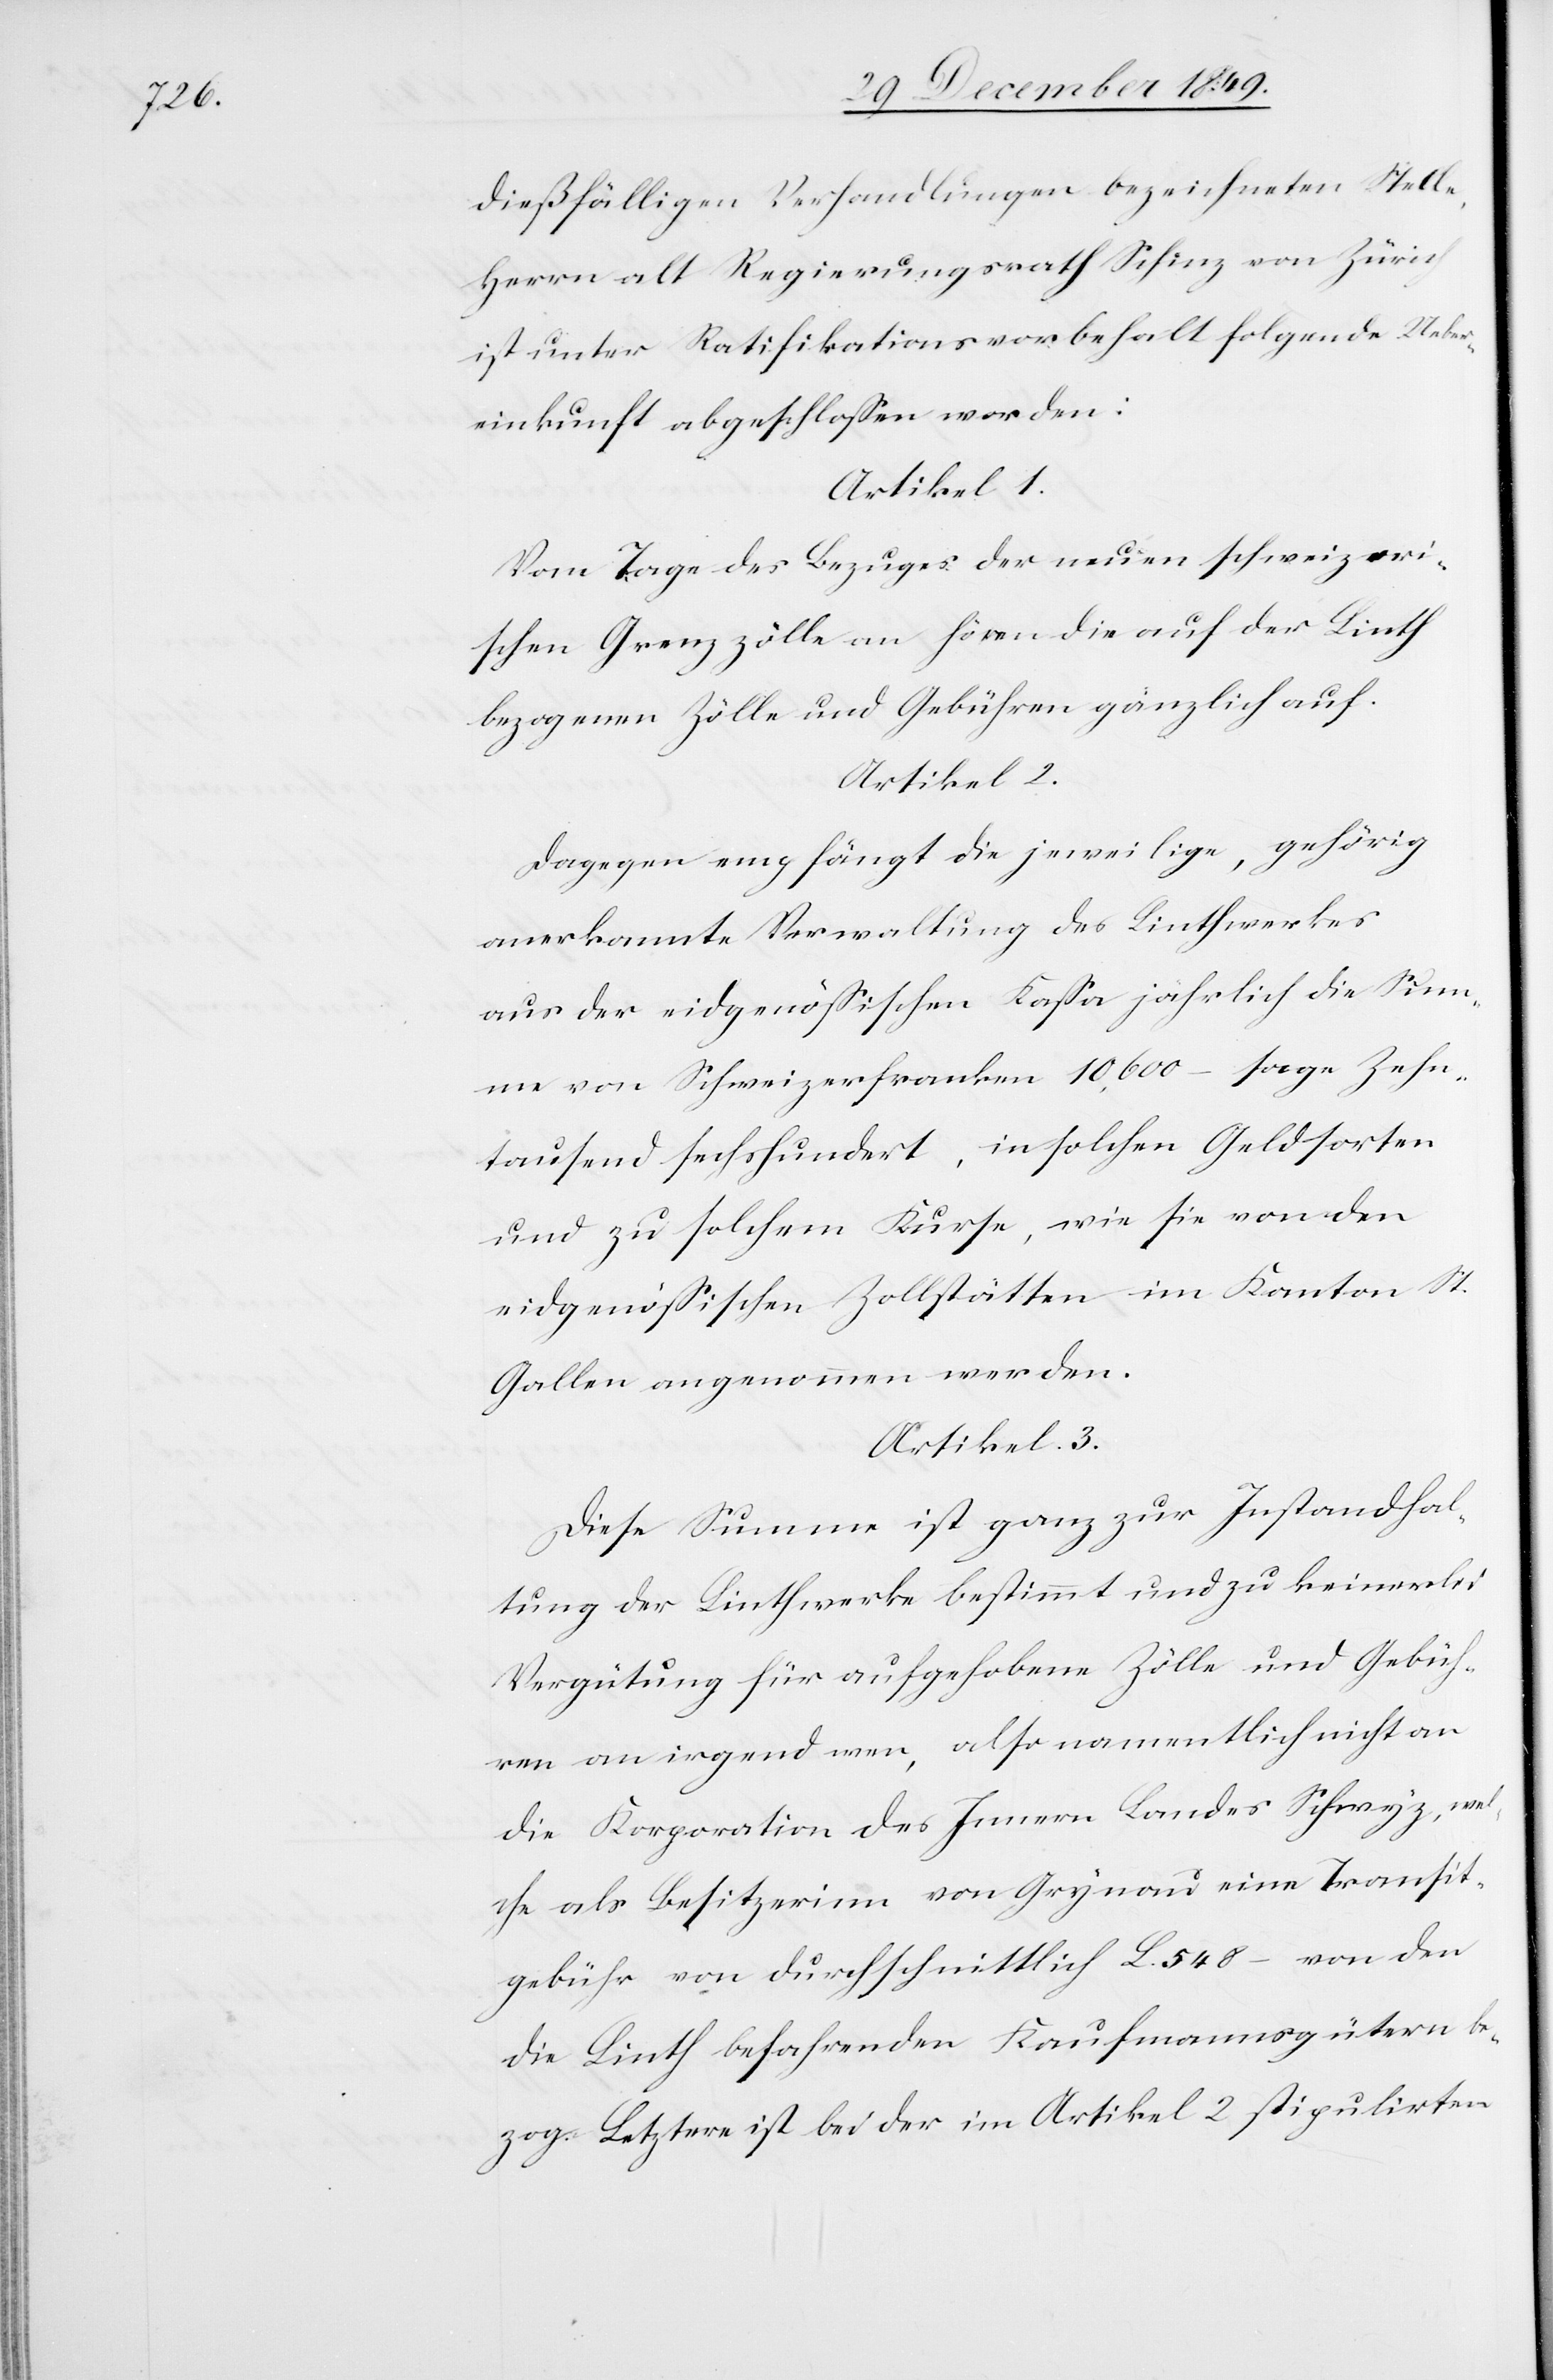
dießfälligen Verhandlungen bezeichneten Stelle,
Herrn alt Regierungsrath Schinz von Zürich
ist unter Ratifikationsvorbehalt folgende Ueber¬
einkunft abgeschloßen worden:
Artikel 1.
Vom Tage des Bezuges der neuen schweizeri¬
schen Grenzzölle an hören die auf der Linth
bezogenen Zölle und Gebühren gänzlich auf.
Artikel 2.
Dagegen empfängt die jeweilige, gehörig
anerkannte Verwaltung des Linthwerkes
aus der eidgenößischen Kaßa jährlich die Sum¬
me von Schweizerfranken 10,600 – sage Zehn¬
tausend sechshundert, in solchen Geldsorten
und zu solchem Kurse, wie sie von den
eidgenößischen Zollstätten im Kanton St.
Gallen angenommen werden.
Artikel 3.
Diese Summe ist ganz zur Instandhal¬
tung der Linthwerke bestimmt und zu keinerlei
Vergütung für aufgehobene Zölle und Gebüh¬
ren an irgend wer, also namentlich nicht an
die Korporation des Innern Landes Schwyz, wel¬
che als Besitzerinn von Grygnau eine Transit¬
gebühr von durchschnittlich L. 548 – von den
die Linth befahrenden Kaufmannsgütern be¬
zog. Letzere ist bei der im Artikel 2 stipulirten